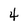
Character: 4